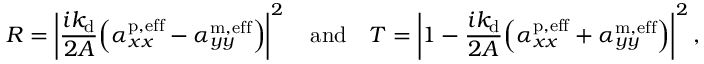
R = \left\lvert \frac { i k _ { \mathrm { d } } } { 2 A } \Bigl ( \alpha _ { x x } ^ { \mathrm { p , e f f } } - \alpha _ { y y } ^ { \mathrm { m , e f f } } \Bigr ) \right\rvert ^ { 2 } \quad \mathrm { a n d } \quad T = \left\lvert 1 - \frac { i k _ { \mathrm { d } } } { 2 A } \Bigl ( \alpha _ { x x } ^ { \mathrm { p , e f f } } + \alpha _ { y y } ^ { \mathrm { m , e f f } } \Bigr ) \right\rvert ^ { 2 } ,